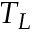
T _ { L }